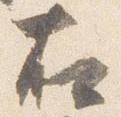
右